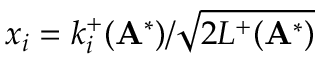
x _ { i } = k _ { i } ^ { + } ( \mathbf { A } ^ { * } ) / \sqrt { 2 L ^ { + } ( \mathbf { A } ^ { * } ) }